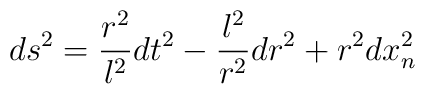
ds^{2}=\frac{r^{2}}{l^{2}}dt^{2}-\frac{l^{2}}{r^{2}}dr^{2}+r^{2}dx_{n}^{2}